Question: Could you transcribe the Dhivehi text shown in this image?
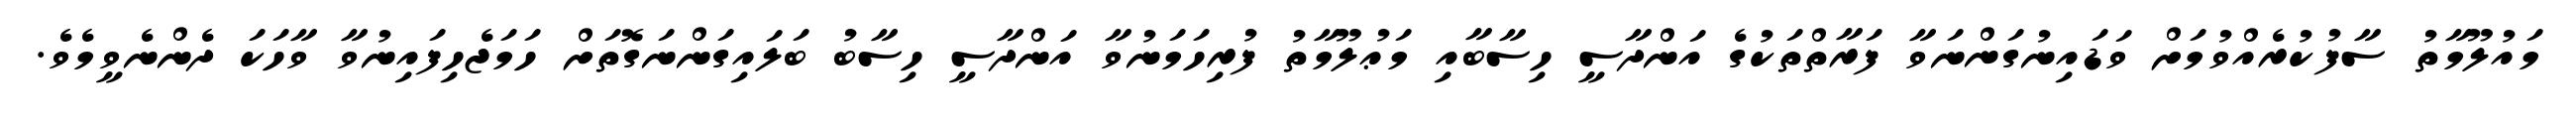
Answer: މައުލޫމާތު ސާފުކުރެއްވުމަށް ވަޑައިނުގަންނަވާ ފަރާތްތަކުގެ އަންދާސީ ހިސާބާއި މަޢުލޫމާތު ފުރިހަމަނުވާ އަންދާސީ ހިސާބު ބަލައިގަންނަގޮތަށް ހަމަޖެހިފައިނުވާ ވާހަކަ ދެންނެވީމެވެ.